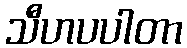
သီဟပပါတာ